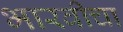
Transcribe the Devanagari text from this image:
भारवीचा